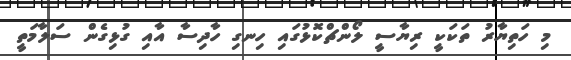
މި ހަތިޔާރު ތަކަކީ ރިޔާސީ ލޯންޗްކޮޅުގައި ހިނގި ހާދިސާ އާއި ގުޅިގެން ސަލާމަތީ